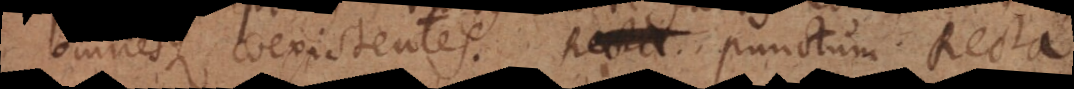
omnesque coexistentes. Recta. Punctum. Recta